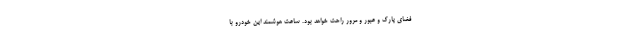
فضای پارک و عبور و مرور راحت خواهد بود. ساعت هوشمند این خودرو با